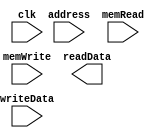
`timescale 1ns / 1ps
//////////////////////////////////////////////////////////////////////////////////
// Company: 
// Engineer: 
// 
// Design Name: 
// Module Name:    DataMemory 
// Project Name: 
// Target Devices: 
// Tool versions: 
// Description: 
//
// Dependencies: 
//
// Revision: 
// Revision 0.01 - File Created
// Additional Comments: 
//
//////////////////////////////////////////////////////////////////////////////////
module DataMemory(input clk,input [31:0] address, input [31:0] writeData, input memWrite, input memRead, output reg [31:0] readData);

	reg [7:0] memory [1023:0];
	//-----------------------------------------------------------------------------------------------------------------------
	integer i;
	initial begin 
		for(i=0; i<1023; i= i+1)
			memory[i] = i;
		end
	//-----------------------------------------------------------------------------------------------------------------------
	always @(posedge clk) begin
		if (memRead) begin
			memory[address] = writeData[7:0];
			memory[address + 1] = writeData[15:8];
			memory[address + 2] = writeData[23:16];
			memory[address + 3] = writeData[31:24];
			$display("After writing data memory[address] is = %b", memory[address]);
		end
	end
	//-----------------------------------------------------------------------------------------------------------------------
endmodule